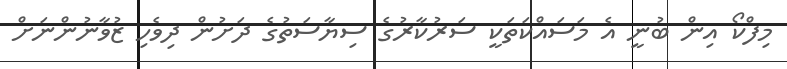
މިފްކޯ އިން ބުނީ އެ މަސައްކަތަކީ ސަރުކާރުގެ ސިޔާސަތުގެ ދަށުން ދިވެހި ޒުވާނުންނަށް